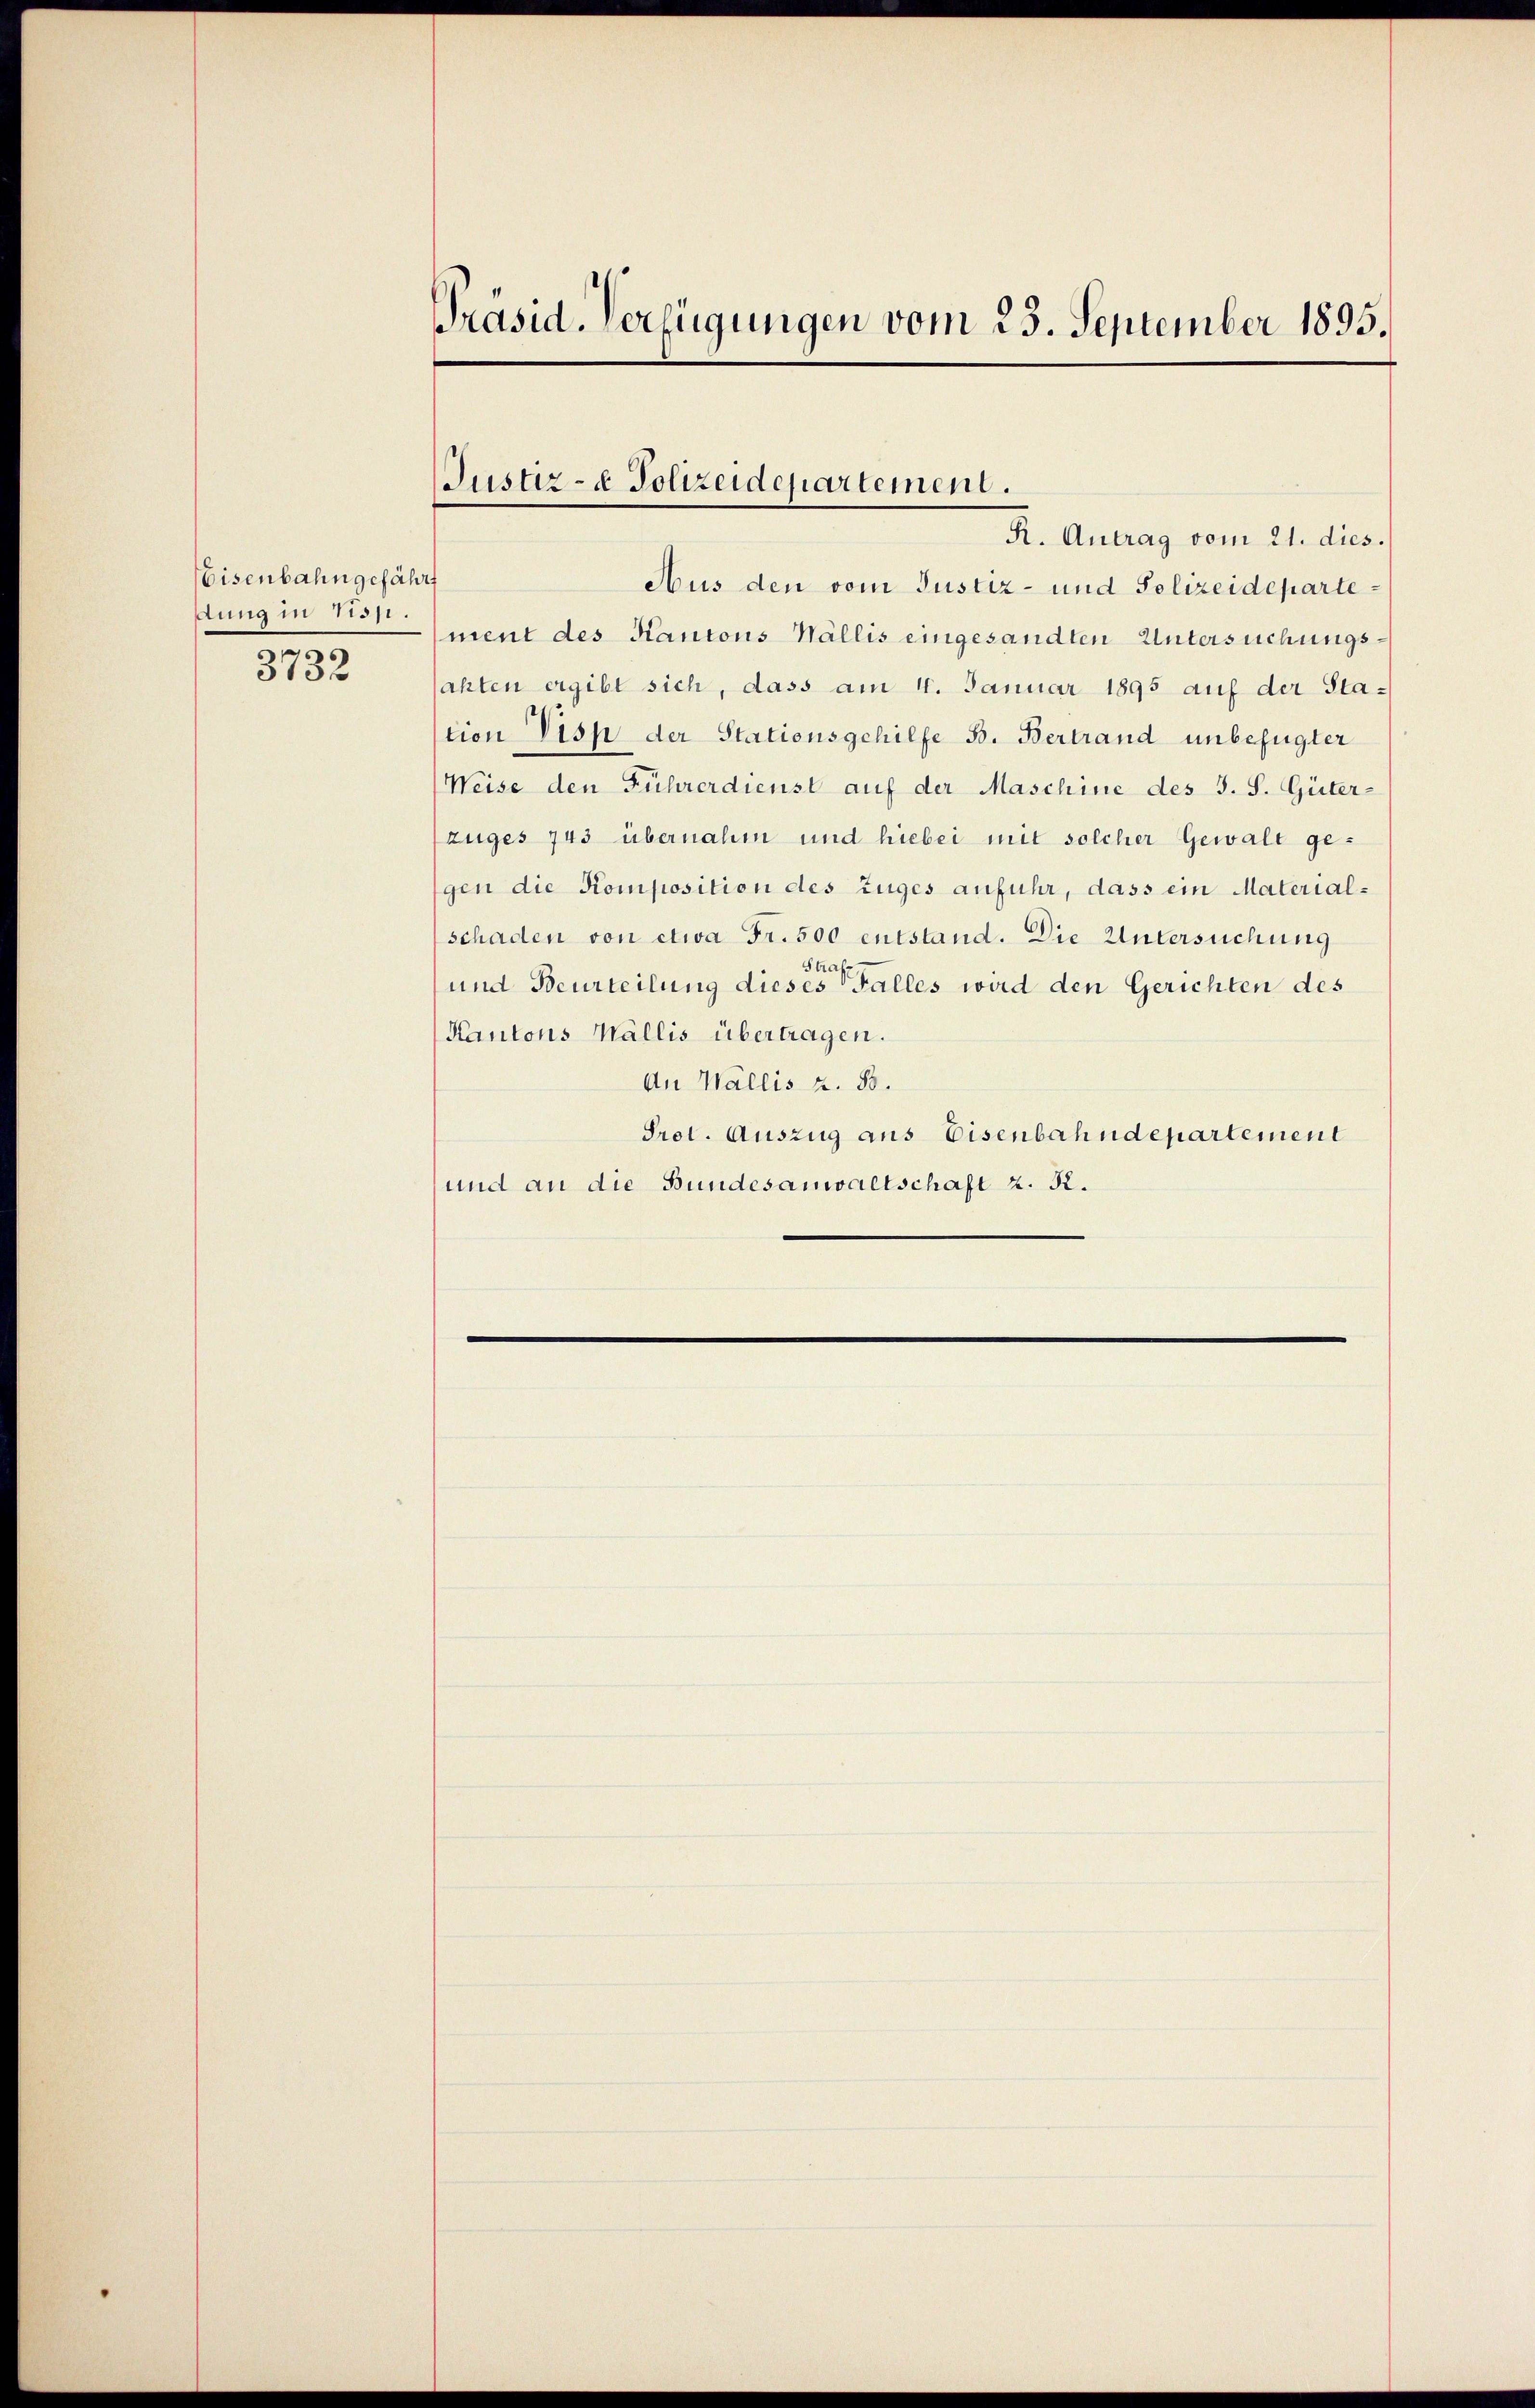
Eisenbahn gefährt
sung in Tiss.
3732

Präsid. Verfügungen vom 23. September 1895.

Justiz- & Polizeidepartement.
R. Antrag vom 21. dies.

Aus den vom Justiz- und Polizeidepartement des Kantons Wallis eingesandten Untersuchungssahten ergibt sich, dass am 4. Januar 1895 auf der Station Disp. der Stationsgehilfe B. Bertrand unbefugter
Weise den Führerdienst auf der Maschine des S. S. Güter-
zuges 743 übernahm und hiebei mit solcher Gewalt gegen die Komposition des Zuges anfuhr, dass ein Material-
schaden von etwa Fr. 500 entstand. Die Untersuchung
Strafe
und Beurteilung dieses Falles wird den Gerichten des
Kantons Wallis übertragen.
An Wallis Z. 85.
Prot. Auszug aus Eisenbahndepartement
und an die Bundesanwaltschaft z. R.